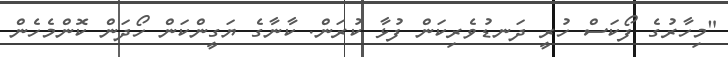
"މިހާރުގެ ފޯކަސް ހުރީ ދަނޑުވެރިކަން ފުޅާ ކުރަން. ކާނާގެ ޔަގީންކަން ހޯދަން ކޮންމެހެން